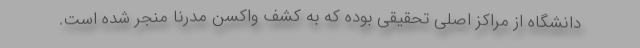
دانشگاه از مراکز اصلی تحقیقی بوده که به کشف واکسن مدرنا منجر شده است.